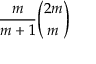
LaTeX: { \frac { m } { m + 1 } } { \binom { 2 m } { m } }